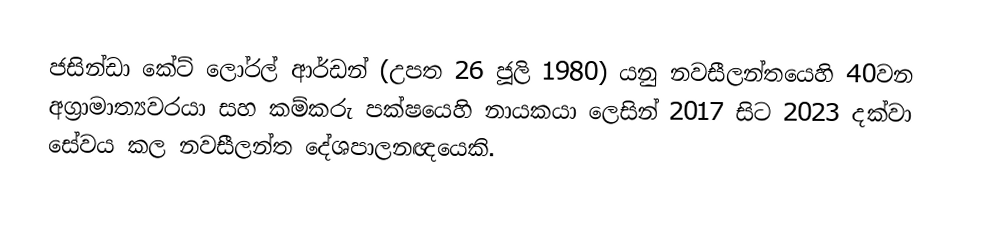
ජසින්ඩා කේට් ලෝරල් ආර්ඩන් (උපත 26 ජූලි 1980) යනු  නවසීලන්තයෙහි 40වන අග්‍රාමාත්‍යවරයා සහ කම්කරු පක්ෂයෙහි නායකයා ලෙසින් 2017 සිට 2023  දක්වා සේවය කල නවසීලන්ත දේශපාලනඥයෙකි.